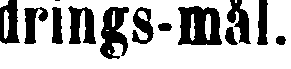
drings-mål.